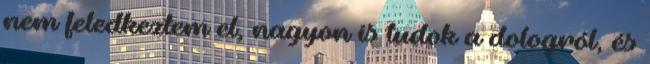
nem feledkeztem el, nagyon is tudok a dologról, és